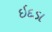
ઇદડા